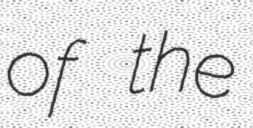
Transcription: of the